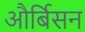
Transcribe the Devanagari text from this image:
और्बिसन